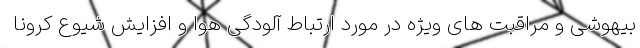
بیهوشی و مراقبت های ویژه در مورد ارتباط آلودگی هوا و افزایش شیوع کرونا